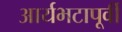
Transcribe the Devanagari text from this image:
आर्यभटापूर्वी